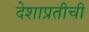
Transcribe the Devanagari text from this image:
देशाप्रतीची